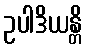
ဥပါဒိယန္တိ